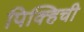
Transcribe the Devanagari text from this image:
पिक्हिची